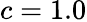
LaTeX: c=1.0